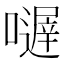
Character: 𡁂